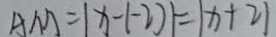
A M = \vert x - ( - 2 ) \vert = \vert x + 2 \vert